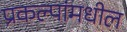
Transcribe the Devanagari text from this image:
प्रकल्पांमधील